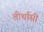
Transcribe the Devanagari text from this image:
तीर्थासी